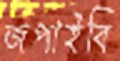
জপাইবি